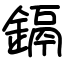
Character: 鎘